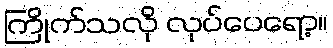
ကြိုက်သလို လုပ်ပေရော့။